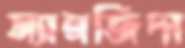
স্যানজিদা